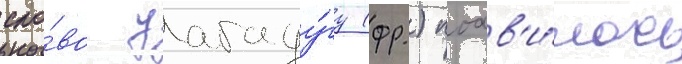
сло́во уагаду́гу (фр.) поав'и́лось